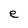
Character: e